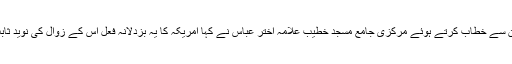
مظاہرین سے خطاب کرتے ہوئے مرکزی جامع مسجد خطیب علامہ اختر عباس نے کہا امریکہ کا یہ بزدلانہ فعل اس کے زوال کی نوید ثابت ہوگا۔